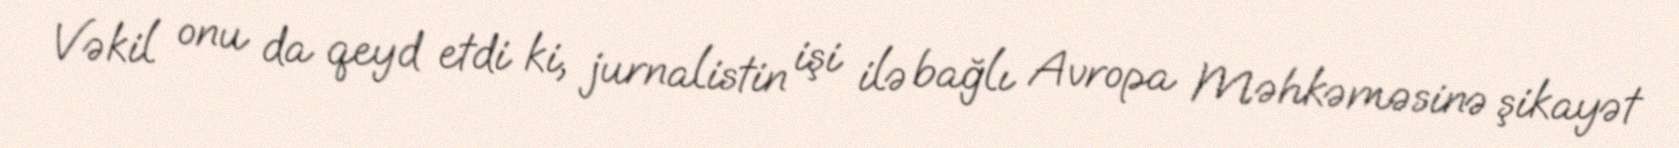
Vəkil onu da qeyd etdi ki, jurnalistin işi ilə bağlı Avropa Məhkəməsinə şikayət